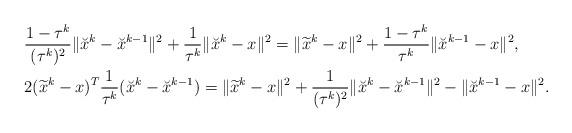
LaTeX: \begin{align*}& \frac{1-\tau^k}{(\tau^k)^2}\|\breve{x}^{k}-\breve{x}^{k-1}\|^2+\frac{1}{\tau^k}\|\breve{x}^{k}-x\|^2=\|\widetilde{x}^{k}-x\|^2+\frac{1-\tau^k}{\tau^k}\|\breve{x}^{k-1}-x\|^2,~\\&2(\widetilde{x}^k-x)^T\frac{1}{\tau^k}(\breve{x}^{k}-\breve{x}^{k-1})=\|\widetilde{x}^k-x\|^2+\frac{1}{(\tau^k)^2}\|\breve{x}^{k}-\breve{x}^{k-1}\|^2-\|\breve{x}^{k-1}-x\|^2.\end{align*}